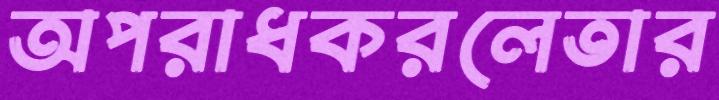
অপরাধকরলেতার